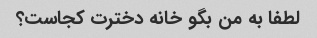
لطفا به من بگو خانه دخترت کجاست؟